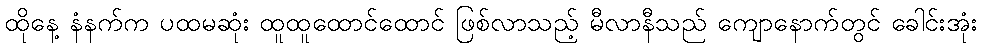
ထိုနေ့ နံနက်က ပထမဆုံး ထူထူထောင်ထောင် ဖြစ်လာသည့် မီလာနီသည် ကျောနောက်တွင် ခေါင်းအုံး